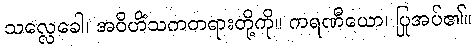
သလ္လေခေါ၊ အဝိဟိံသကတရားတို့ကို။ ကရဏီယော၊ ပြုအပ်၏။